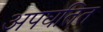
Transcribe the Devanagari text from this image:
अपघतित